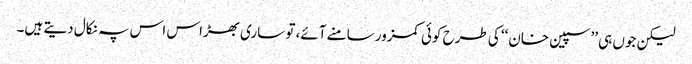
لیکن جوں ہی ’’سپین خان‘‘ کی طرح کوئی کمزور سامنے آئے، تو ساری بھڑاس اس پہ نکال دیتے ہیں۔